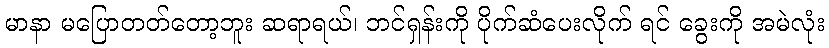
မာနာ မပြောတတ်တော့ဘူး ဆရာရယ်၊ ဘင်ရှန်းကို ပိုက်ဆံပေးလိုက် ရင် ခွေးကို အမဲလုံး